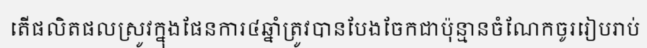
តើផលិតផលស្រូវក្នុងផែនការ៤ឆ្នាំត្រូវបានបែងចែកជាប៉ុន្មានចំណែកចូររៀបរាប់